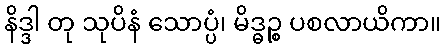
နိဒ္ဒါ တု သုပိနံ သောပ္ပံ၊ မိဒ္ဓဉ္စ ပစလာယိကာ။